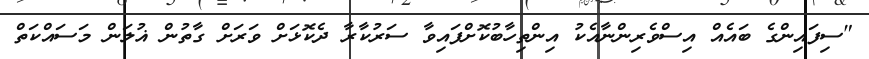
"ސިފައިންގެ ބައެއް އިސްވެރިންނާއެކު އިންތިހާބުކޮށްފައިވާ ސަރުކާރާ ދެކޮޅަށް ވަރަށް ގާތުން ޣުލަން މަސައްކަތް